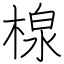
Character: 楾